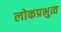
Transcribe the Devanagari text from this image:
लोकप्रभुत्व